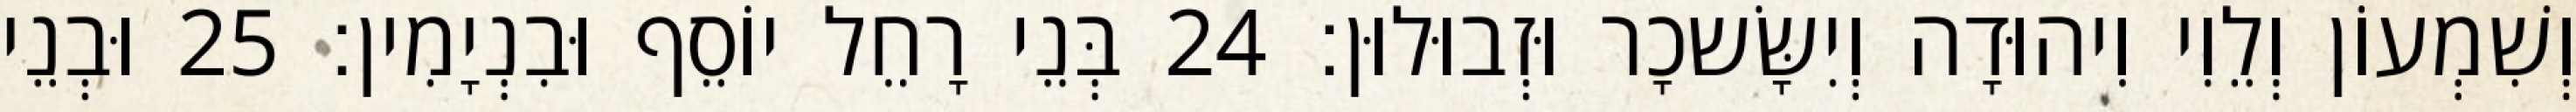
וְשִׁמְעוֹן וְלֵוִי וִיהוּדָה וְיִשָּׂשכָר וּזְבוּלוּן׃ 24 בְּנֵי רָחֵל יוֹסֵף וּבִנְיָמִין׃ 25 וּבְנֵי